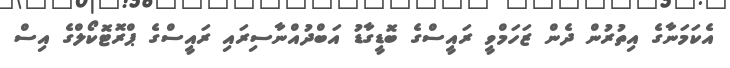
އެކަމަނާގެ އިތުރުން ދެން ޒަހަމްވީ ރައީސްގެ ބޮޑީގާޑު އަބްދުއްނާސިރައި ރައީސްގެ ޕްރޮޓޮކޯލްގެ އިސް